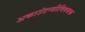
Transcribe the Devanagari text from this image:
अकाउंटन्सीविषयक